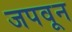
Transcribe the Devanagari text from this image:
जपवून